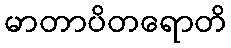
မာတာပိတရောတိ